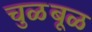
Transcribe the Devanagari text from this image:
चुळबूळ